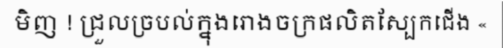
មិញ ! ជ្រួលច្របល់ក្នុងរោងចក្រផលិតស្បែកជើង «